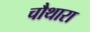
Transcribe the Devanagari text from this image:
चौथारा